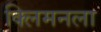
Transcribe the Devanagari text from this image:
क्लिमनला